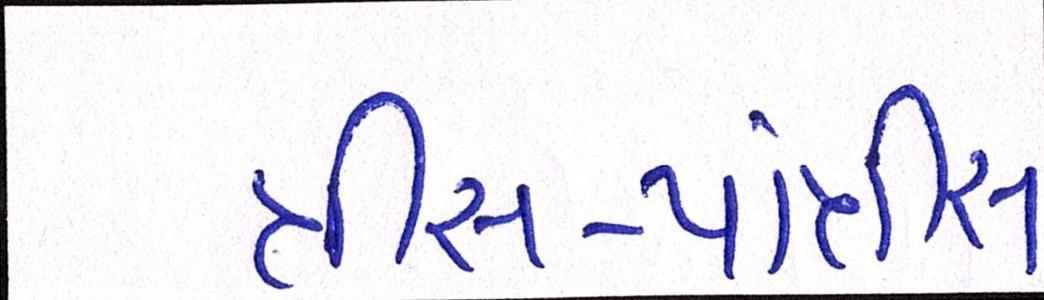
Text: ત્રીસ-પાંત્રીસ